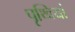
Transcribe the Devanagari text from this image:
पृथ्वियां